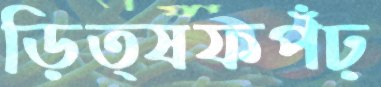
ড়িত্ষফপঁঢ়